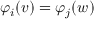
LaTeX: \varphi _ { i } ( v ) = \varphi _ { j } ( w )